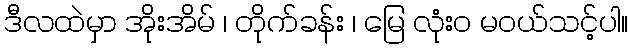
ဒီလထဲမှာ အိုးအိမ် ၊ တိုက်ခန်း ၊ မြေ လုံး၀ မဝယ်သင့်ပါ။